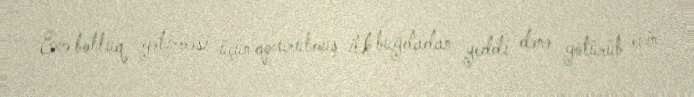
Evə bolluq gətirməsi üçün qovurulmuş ilk buğdadan yeddi dənə götürüb evin